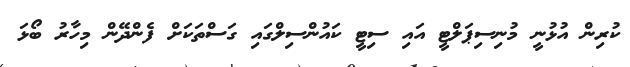
ކުރިން އުޅުނީ މުނިސިޕަލްޓީ އައި ސިޓީ ކައުންސިލްގައި ގަސްތަކަށް ފެންދޭން މިހާރު ބޯޅަ